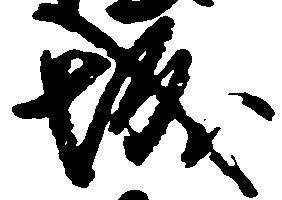
城